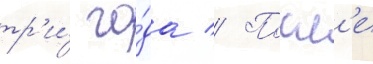
тр'и́ го́да // Посл'е